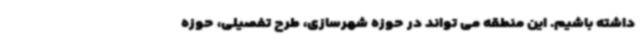
داشته باشیم. این منطقه می تواند در حوزه شهرسازی، طرح تفصیلی، حوزه